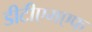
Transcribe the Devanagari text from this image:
डीटीएमएफ